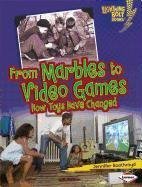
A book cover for From Marbles to Video Games: How Toys Have Changed (Lightning Bolt Books Comparing Past and Present) by Boothroyd, Jennifer (2011) Paperback; Jennifer Boothroyd; Crafts, Hobbies & Home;